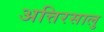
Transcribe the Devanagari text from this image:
अत्तिरसालु